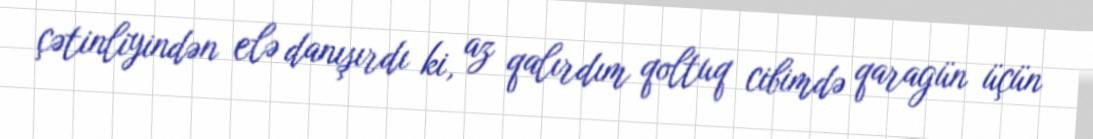
çətinliyindən elə danışırdı ki, az qalırdım qoltuq cibimdə qaragün üçün